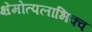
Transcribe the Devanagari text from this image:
क्षेमोत्पलाभिक्व